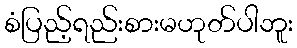
စံပြည့်ရည်းစားမဟုတ်ပါဘူး